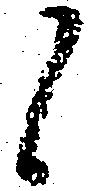
候